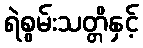
ရဲစွမ်းသတ္တိနှင့်